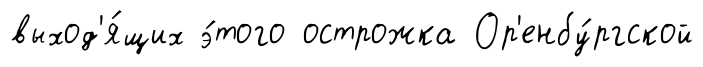
выход'я́щих э́того острожка Ор'енбу́ргской